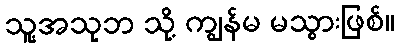
သူ့အသုဘ သို့ ကျွန်မ မသွားဖြစ်။